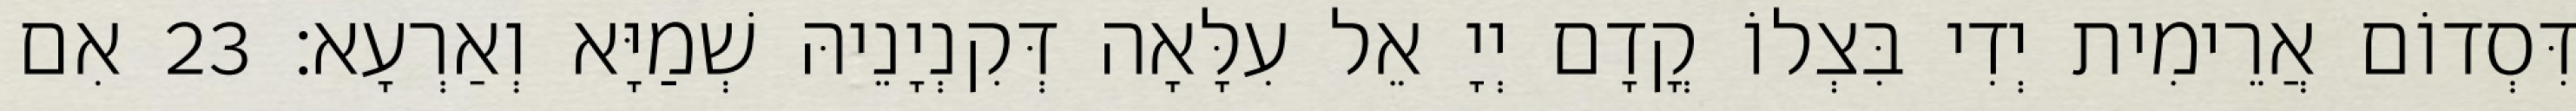
דִּסְדוֹם אֲרֵימִית יְדִי בִּצְלוֹ קֳדָם יְיָ אֵל עִלָּאָה דְּקִנְיָנֵיהּ שְׁמַיָּא וְאַרְעָא׃ 23 אִם